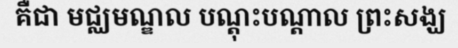
គឺជា មជ្ឈមណ្ឌល បណ្តុះបណ្តាល ព្រះសង្ឃ